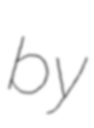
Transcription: by